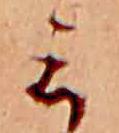
ミ